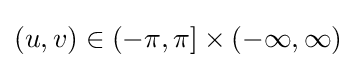
(u,v)\in (-\pi ,\pi ]\times (-\infty ,\infty )